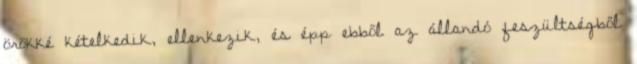
örökké kételkedik, ellenkezik, és épp ebből az állandó feszültségből